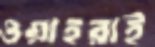
ওয়াহরাই